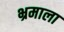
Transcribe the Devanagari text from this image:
भ्रमाला